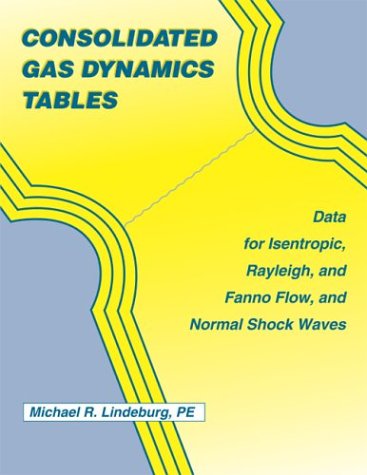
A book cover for Consolidated Gas Dynamics Tables; Michael R. Lindeburg; Science & Math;